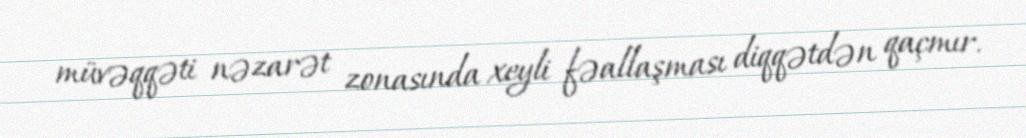
müvəqqəti nəzarət zonasında xeyli fəallaşması diqqətdən qaçmır.